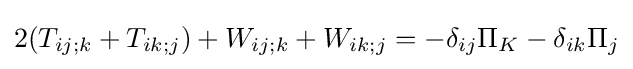
2(T_{ij;k}+T_{ik;j})+W_{ij;k}+W_{ik;j}=-\delta _{ij}\Pi _{K}-\delta _{ik}\Pi _{j}